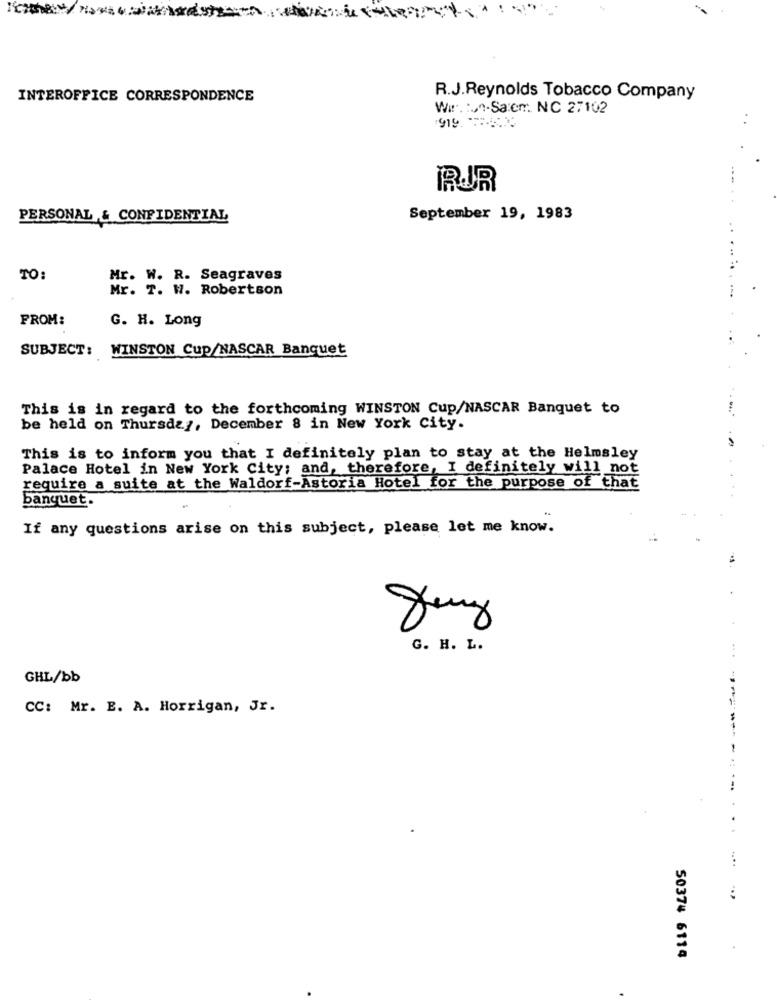
INTEROFFICE CORRESPONDENCE
R.J.Reynolds Tobacco Company
Wir. :. "-Salem: NC 27102
....
RUR
PERSONAL & CONFIDENTIAL
September 19, 1983
TO:
Mr. W. R. Seagraves
Mr. T. W. Robertson
FROM:
G. H. Long
SUBJECT: WINSTON Cup/NASCAR Banquet
This is in regard to the forthcoming WINSTON Cup/NASCAR Banquet to
be held on Thursday, December 8 in New York City.
This is to inform you that I definitely plan to stay at the Helmsley
Palace Hotel in New York City; and, therefore, I definitely will not
require a suite at the Waldorf-Astoria Hotel for the purpose of that
banquet.
If any questions arise on this subject, please let me know.
x
G. H. L.
GHL/bb
CC: Mr. E. A. Horrigan, Jr.
----
...
50374 6114